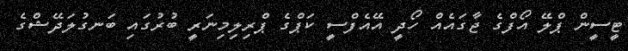
ޓީސީން ޕްލޭ އޯފްގެ ޖާގައެއް ހޯދީ އޭއެފްސީ ކަޕްގެ ޕްރިލިމިނަރީ ބުރުގައި ބަނގުލަދޭޝްގެ